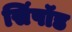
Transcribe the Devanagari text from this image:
सिंपॉड